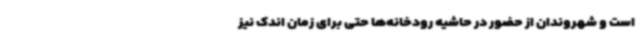
است و شهروندان از حضور در حاشیه رودخانه‌ها حتی برای زمان اندک نیز